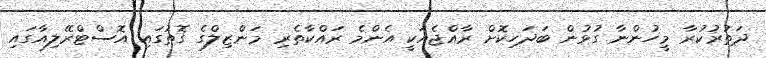
ދަތުރުކުރާ މީހުންނާ ގުޅުން ބަދަހިކޮށް ރާއްޖެއަކީ އެންމެ ރައްކާތެރި މަންޒިލްގެ ގޮތުގައި އޮސްޓްރޭލިއާގައި